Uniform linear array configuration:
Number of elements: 48
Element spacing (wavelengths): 0.25
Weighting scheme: uniform
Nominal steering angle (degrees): -45
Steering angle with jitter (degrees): -44.117
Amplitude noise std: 0.05
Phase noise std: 0.05

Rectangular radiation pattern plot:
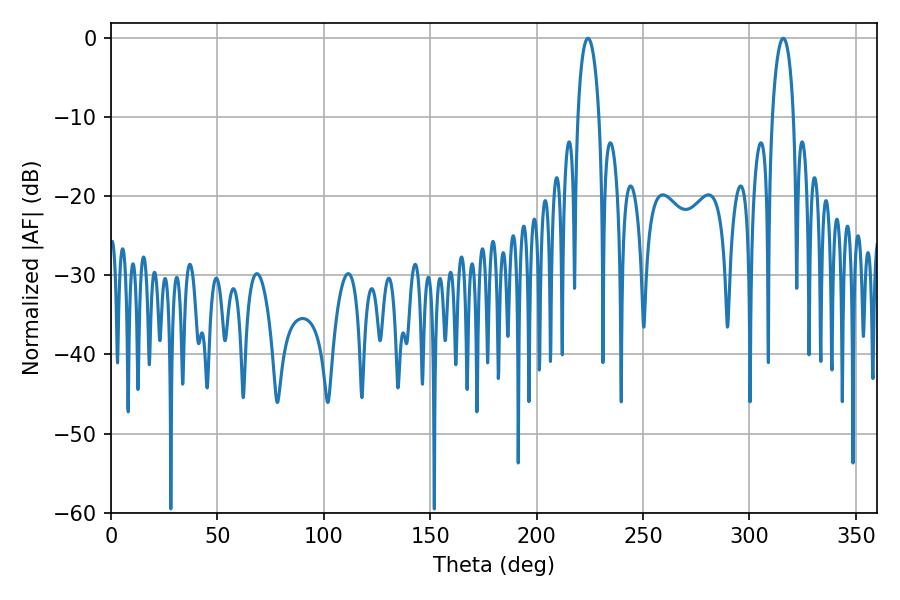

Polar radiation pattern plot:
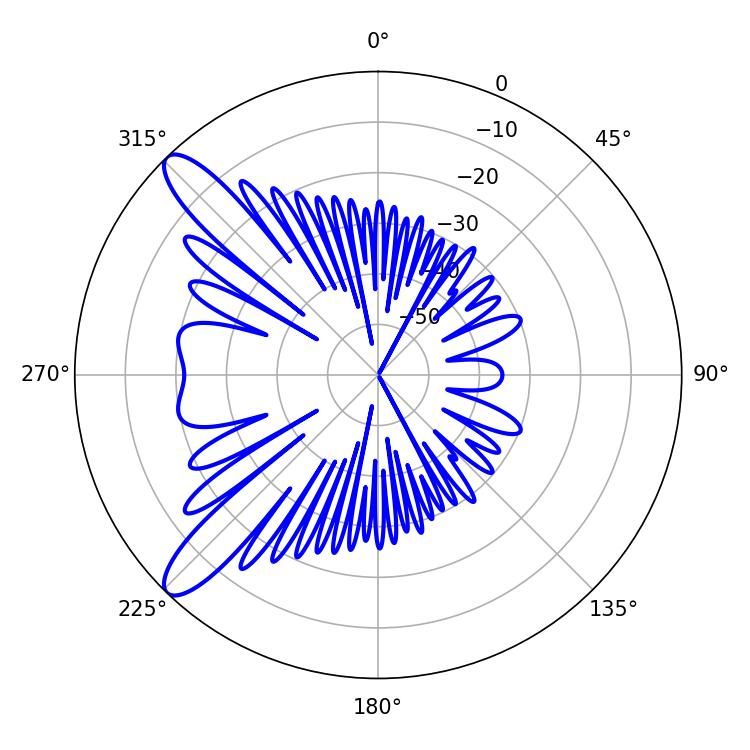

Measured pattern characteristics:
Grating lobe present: FALSE
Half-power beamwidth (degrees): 5.58
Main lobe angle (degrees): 224.1